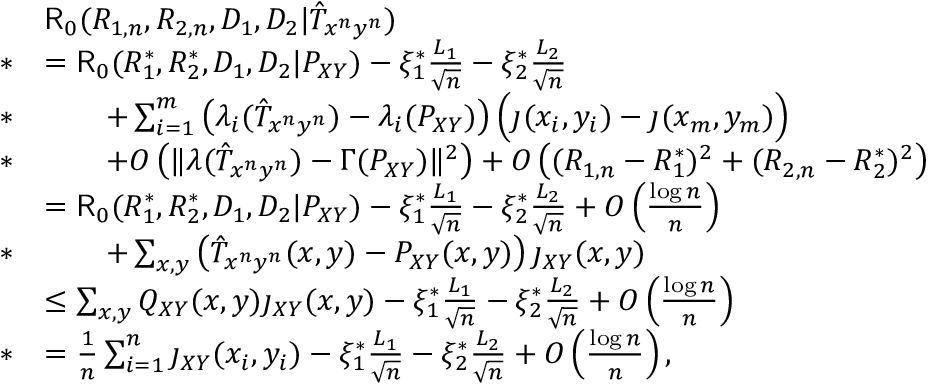
\begin{array} { r l } & { \mathsf { R } _ { 0 } ( R _ { 1 , n } , R _ { 2 , n } , D _ { 1 } , D _ { 2 } | \hat { T } _ { x ^ { n } y ^ { n } } ) } \\ { * } & { = \mathsf { R } _ { 0 } ( R _ { 1 } ^ { * } , R _ { 2 } ^ { * } , D _ { 1 } , D _ { 2 } | P _ { X Y } ) - \xi _ { 1 } ^ { * } \frac { L _ { 1 } } { \sqrt { n } } - \xi _ { 2 } ^ { * } \frac { L _ { 2 } } { \sqrt { n } } } \\ { * } & { \qquad + \sum _ { i = 1 } ^ { m } \left( \lambda _ { i } ( \hat { T } _ { x ^ { n } y ^ { n } } ) - \lambda _ { i } ( P _ { X Y } ) \right) \Big ( \jmath ( x _ { i } , y _ { i } ) - \jmath ( x _ { m } , y _ { m } ) \Big ) } \\ { * } & { \qquad + O \left( \| \lambda ( \hat { T } _ { x ^ { n } y ^ { n } } ) - \Gamma ( P _ { X Y } ) \| ^ { 2 } \right) + O \left( ( R _ { 1 , n } - R _ { 1 } ^ { * } ) ^ { 2 } + ( R _ { 2 , n } - R _ { 2 } ^ { * } ) ^ { 2 } \right) } \\ & { = \mathsf { R } _ { 0 } ( R _ { 1 } ^ { * } , R _ { 2 } ^ { * } , D _ { 1 } , D _ { 2 } | P _ { X Y } ) - \xi _ { 1 } ^ { * } \frac { L _ { 1 } } { \sqrt { n } } - \xi _ { 2 } ^ { * } \frac { L _ { 2 } } { \sqrt { n } } + O \left( \frac { \log n } { n } \right) } \\ { * } & { \qquad + \sum _ { x , y } \left( \hat { T } _ { x ^ { n } y ^ { n } } ( x , y ) - P _ { X Y } ( x , y ) \right) \jmath _ { X Y } ( x , y ) } \\ & { \leq \sum _ { x , y } Q _ { X Y } ( x , y ) \jmath _ { X Y } ( x , y ) - \xi _ { 1 } ^ { * } \frac { L _ { 1 } } { \sqrt { n } } - \xi _ { 2 } ^ { * } \frac { L _ { 2 } } { \sqrt { n } } + O \left( \frac { \log n } { n } \right) } \\ { * } & { = \frac { 1 } { n } \sum _ { i = 1 } ^ { n } \jmath _ { X Y } ( x _ { i } , y _ { i } ) - \xi _ { 1 } ^ { * } \frac { L _ { 1 } } { \sqrt { n } } - \xi _ { 2 } ^ { * } \frac { L _ { 2 } } { \sqrt { n } } + O \left( \frac { \log n } { n } \right) , } \end{array}